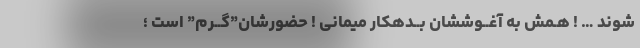
شوند … ! هـمش به آغــوششان بــدهکار میمانی ! حضورشان”گــرم” است ؛